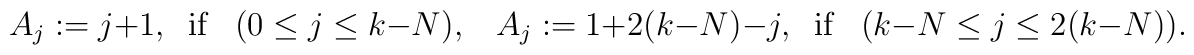
A_{j}:=j+1,\;\;\mbox{if}\;\;\;(0\leq j\leq k-N),\;\;\;A_{j}:=1+2(k-N)-j,\;\;\mbox{if}\;\;\; (k-N\leq j\leq 2(k-N)).